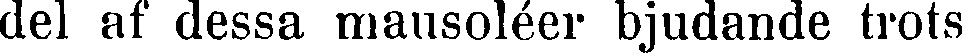
del af dessa mausoléer bjudande trots